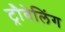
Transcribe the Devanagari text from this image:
ट्रौवेलिंग